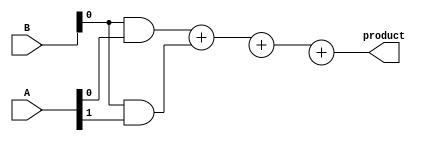
module UnfoldedWallaceTreeMultiplier #(parameter M = 8, N = 8) (
    input [M-1:0] A,
    input [N-1:0] B,
    output reg [M+N-1:0] product
);

    wire [M*N-1:0] partial_products;
    wire [M*N:0] sum_stage1 [0:M*N/2-1];
    wire [M*N:0] sum_stage2 [0:M*N/4-1];
    wire [M*N:0] final_sum;

    // Partial Product Generation
    genvar i, j;
    generate
        for (i = 0; i < N; i = i + 1) begin : pp_gen
            for (j = 0; j < M; j = j + 1) begin : pp_bit
                assign partial_products[i*M + j] = B[i] & A[j];
            end
        end
    endgenerate

    // Stage 1: Combine pairs of bits using half adders and full adders
    generate
        for (i = 0; i < M*N/2; i = i + 1) begin : stage1
            if (i % 2 == 0) begin
                assign sum_stage1[i] = {1'b0, partial_products[2*i]} + {1'b0, partial_products[2*i + 1]};
            end
        end
    endgenerate

    // Stage 2: Continue combining outputs from Stage 1
    generate
        for (i = 0; i < M*N/4; i = i + 1) begin : stage2
            if (i % 2 == 0) begin
                assign sum_stage2[i] = sum_stage1[2*i] + sum_stage1[2*i + 1];
            end
        end
    endgenerate

    // Final Stage: Add the last two numbers
    assign final_sum = sum_stage2[0] + sum_stage2[1];

    // Assign the product output
    always @(*) begin
        product = final_sum[M+N-1:0]; // Capture only M+N bits for the result
    end

endmodule